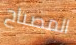
المصباح